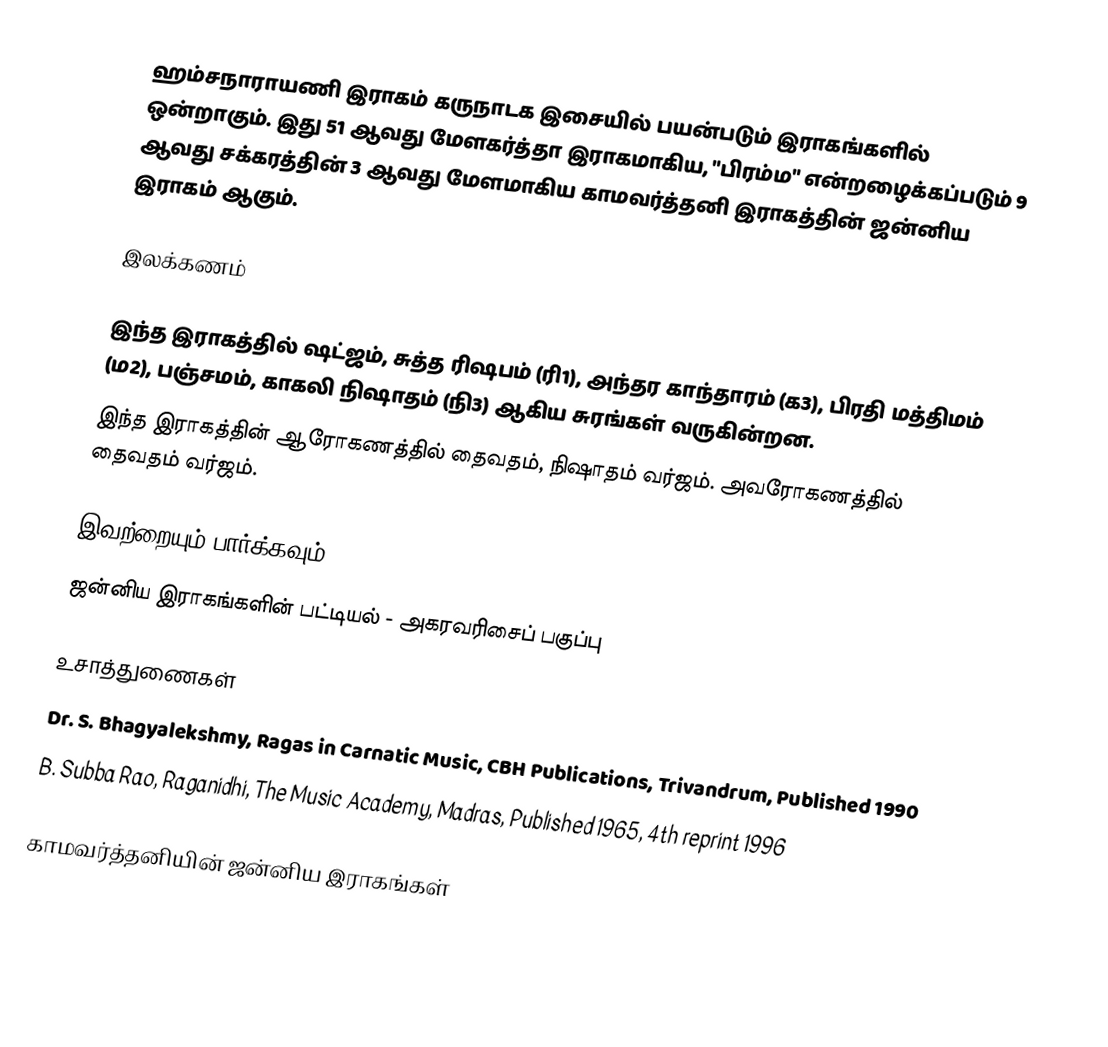
ஹம்சநாராயணி இராகம் கருநாடக இசையில் பயன்படும் இராகங்களில் ஒன்றாகும். இது 51 ஆவது மேளகர்த்தா இராகமாகிய, "பிரம்ம" என்றழைக்கப்படும் 9 ஆவது சக்கரத்தின் 3 ஆவது மேளமாகிய காமவர்த்தனி இராகத்தின் ஜன்னிய இராகம் ஆகும்.

இலக்கணம்

 இந்த இராகத்தில் ஷட்ஜம், சுத்த ரிஷபம் (ரி1),  அந்தர காந்தாரம் (க3), பிரதி மத்திமம் (ம2), பஞ்சமம், காகலி நிஷாதம்  (நி3) ஆகிய சுரங்கள் வருகின்றன.
 இந்த இராகத்தின் ஆரோகணத்தில் தைவதம், நிஷாதம் வர்ஜம். அவரோகணத்தில் தைவதம் வர்ஜம்.

இவற்றையும் பார்க்கவும்
 ஜன்னிய இராகங்களின் பட்டியல் - அகரவரிசைப் பகுப்பு

உசாத்துணைகள்
 Dr. S. Bhagyalekshmy, Ragas in Carnatic Music, CBH Publications, Trivandrum, Published 1990
 B. Subba Rao, Raganidhi, The Music Academy, Madras, Published 1965, 4th reprint 1996

காமவர்த்தனியின் ஜன்னிய இராகங்கள்